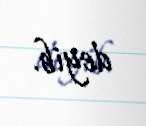
deyib.